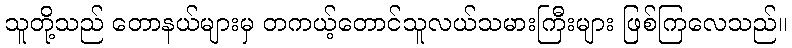
သူတို့သည် တောနယ်များမှ တကယ့်တောင်သူလယ်သမားကြီးများ ဖြစ်ကြလေသည်။